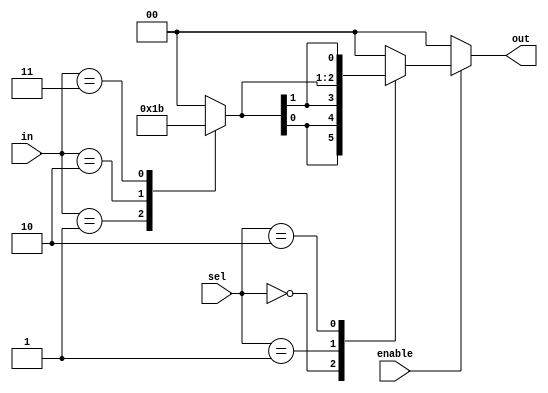
module CLB (
    input  wire [N-1:0] in,            // N input signals
    input  wire [M-1:0] sel,           // M control signals for multiplexers
    input  wire enable,                 // Enable signal
    output wire [P-1:0] out            // P output signals
    );

    // Parameters for sizes
    parameter N = 4; // Number of inputs
    parameter M = 2; // Number of control signals for multiplexers
    parameter P = 2; // Number of outputs

    // Example LUT implementation
    reg [1:0] lut_output; // Output for LUT, adjusting size as necessary
    always @(*) begin
        case (in)
            4'b0000: lut_output = 2'b00; // Example logic
            4'b0001: lut_output = 2'b01;
            4'b0010: lut_output = 2'b10;
            4'b0011: lut_output = 2'b11;
            // Add more logic for all combinations
            default: lut_output = 2'b00; // Default case
        endcase
    end

    // Multiplexer example
    reg [P-1:0] mux_output;
    always @(*) begin
        if (enable) begin
            case (sel)
                2'b00: mux_output = {lut_output[0], lut_output[0]}; // First output
                2'b01: mux_output = {lut_output[1], lut_output[1]}; // Second output
                2'b10: mux_output = {lut_output[0], lut_output[1]}; // Combine LUT outputs
                default: mux_output = {1'b0, 1'b0}; // Default mux output
            endcase
        end else begin
            mux_output = {1'b0, 1'b0}; // If not enabled, output is zero
        end
    end
    
    // Assign the output signals
    assign out = mux_output;

endmodule